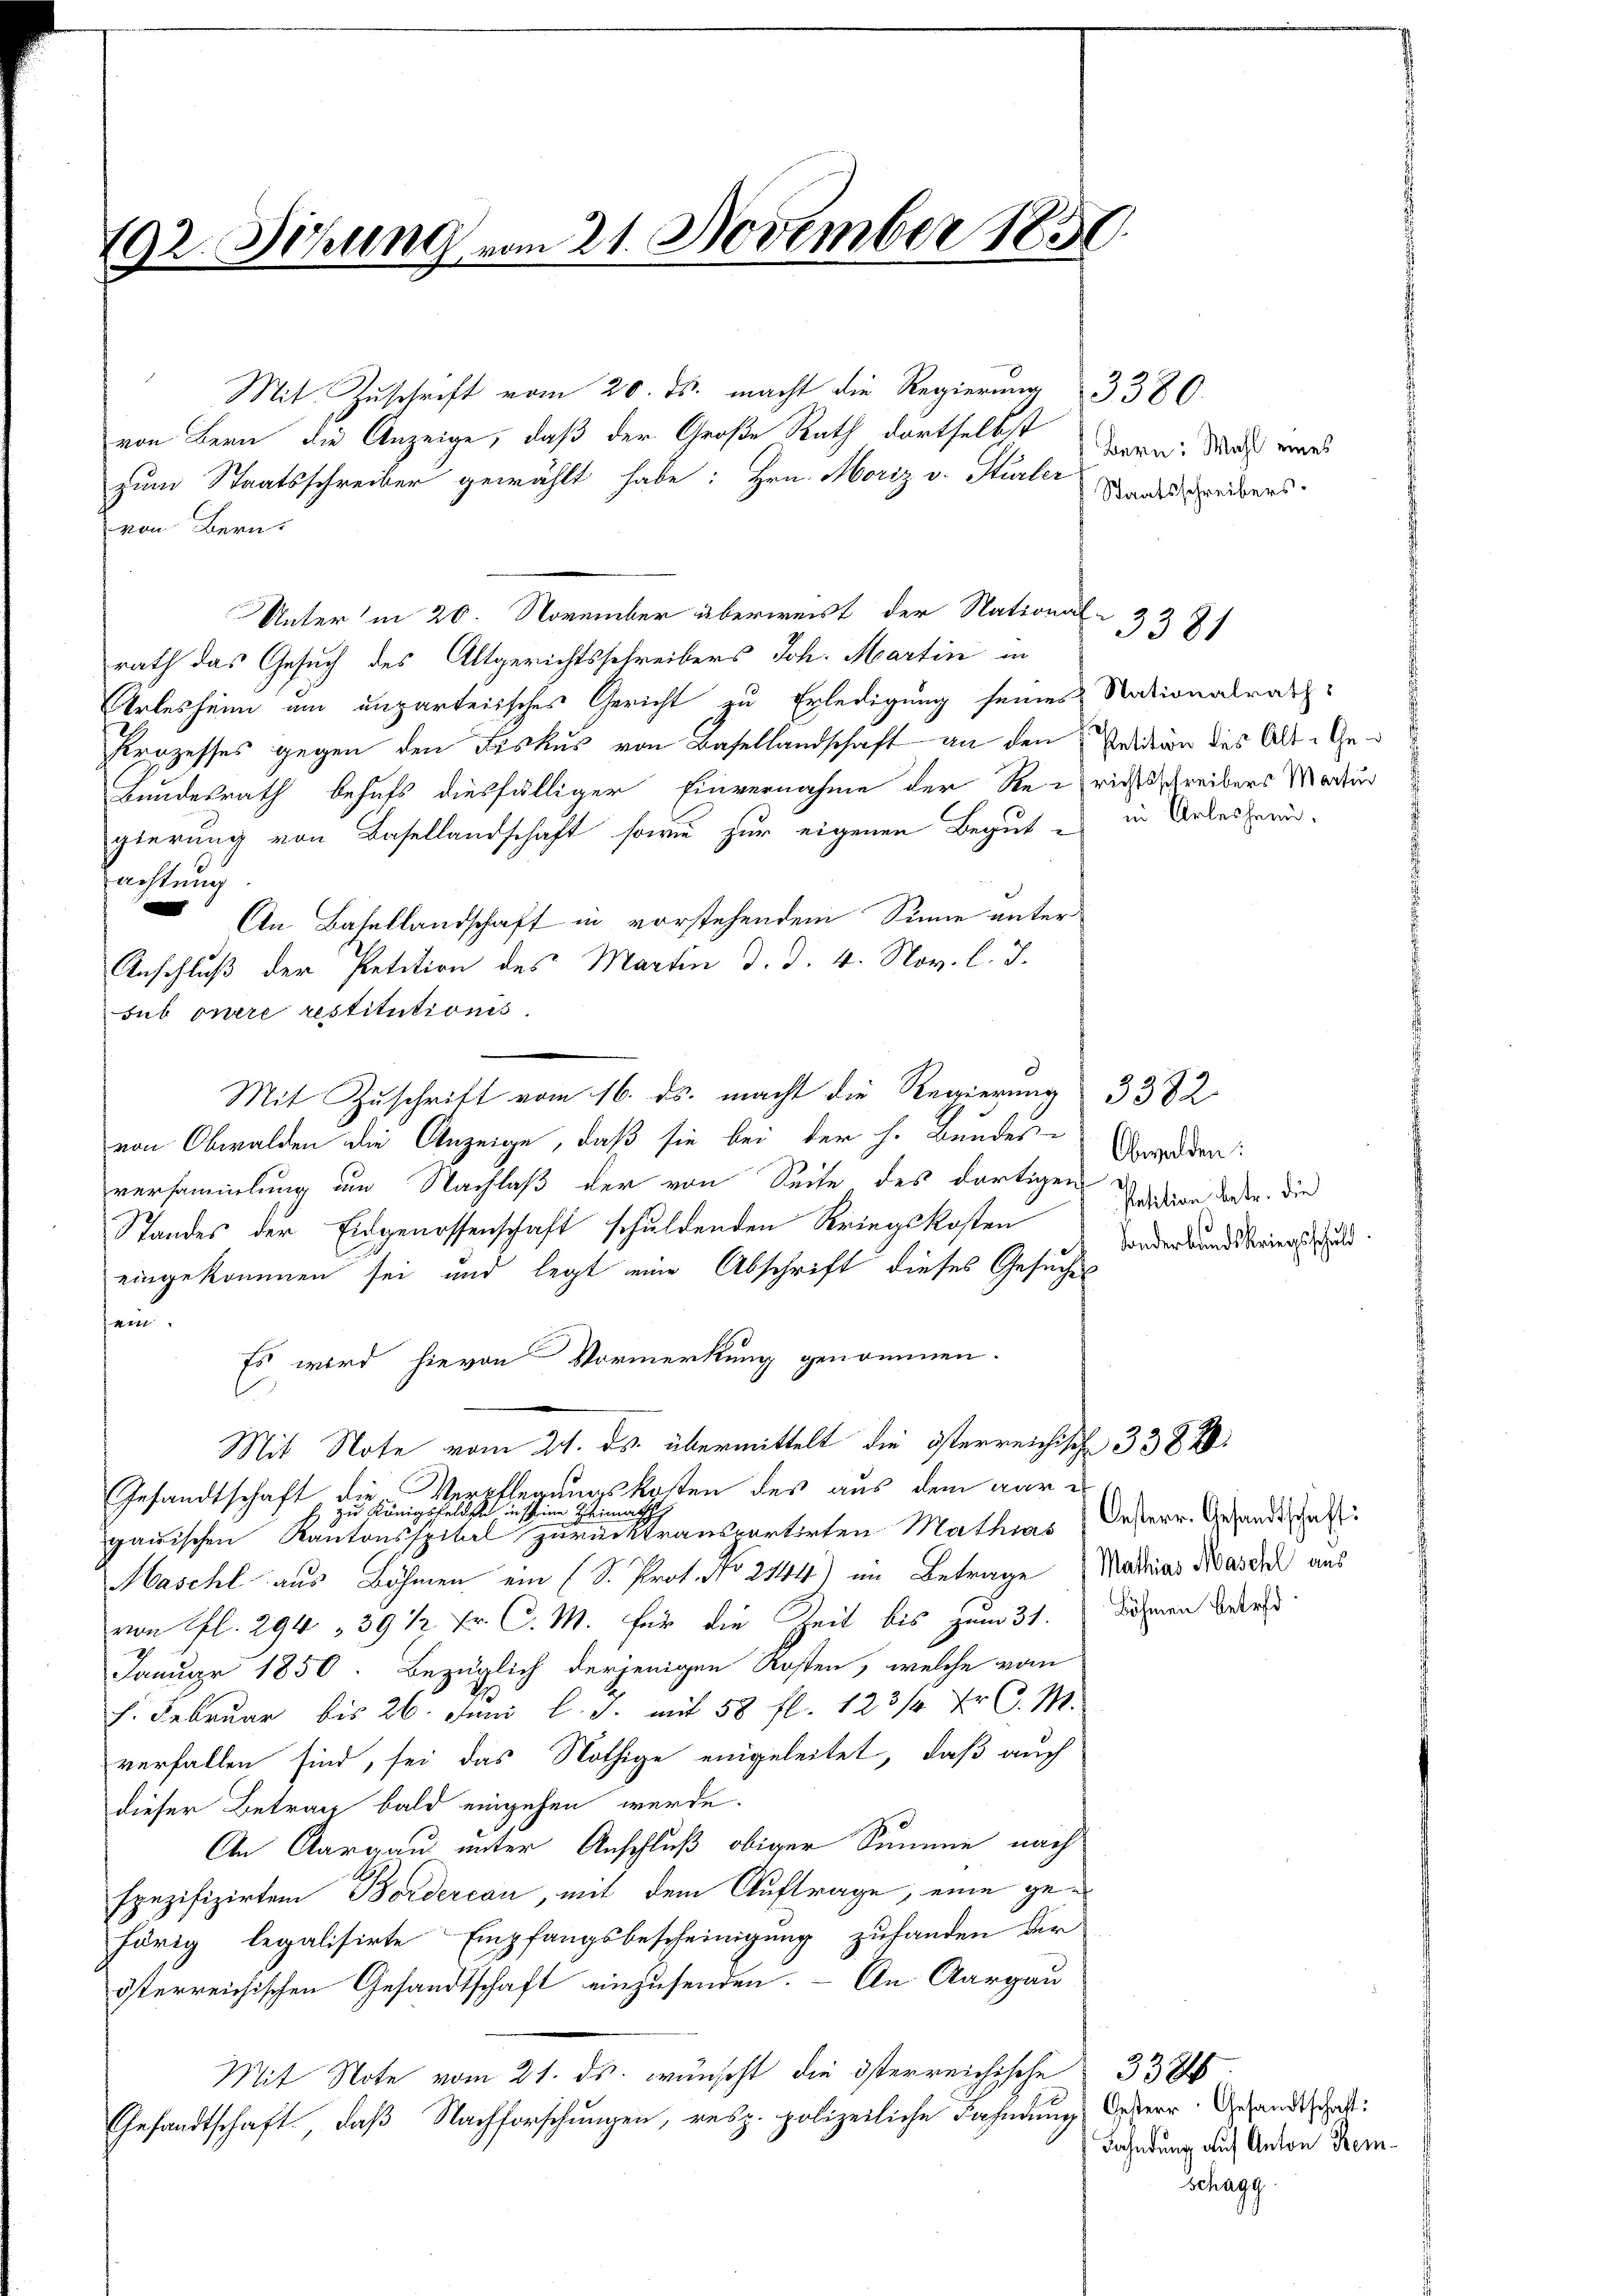
22. Setzung vom 21. November 1850

" Mit Zuschrift vom 20. ds. macht die Regierung 3380.
von Bern die Anzeige, daß der Große Rath dortselbst dann durch ward
zum Staatsschreiber gewählt habe: Hrn. Moriz v. Stürler
von Bern.
Unter in 20. November überweist der National-
rath das Gesuch des Altgerichtsschreibers Joh. Martin in
Urlesheim um unparteiisches Gericht zu Erledigung seines Nationalrats-
Prozesses gegen den Fiskus von Basellandschaft an den Petition des Alt-Ge¬
Bundesrath behufs diesfälliger Einvernahme der Reirichtsschreibers Matur
gierung von Basellandschaft sowie zur eigenen Begut es in Unterpräacht auch
m
An Basellandschaft in vorstehendem Sinne unter
Anschluß der Petition des Martin d. d. 4. Nov. l. J.
sub onere restitutionis.
Mit Zuschrift vom 16. ds. macht die Regierung 3382
von Obwalden die Anzeige, daß sie bei der h. Bundes-Garder
versammlung um Nachlaß der von Seite des dortigen
Standes der Eidgenossenschaft schuldenden Kriegskosten
eingekommen sei und legt eine Abschrift dieses Gesuches
4.11
Es wird hievon Vormerkung genommen.
Mit Note vom 21. ds. übermittelt die österreichisch 338
Gesandtschaft die Verpflegungskosten des aus dem war es
h zu Königsfeldete in scheine Heimath
gauischen Kantonsspital zurücktransportirten Mathias
Maschl aus Böhmen ein (S. Prot. No 2144) im Betrage Mathias Was die aus
von fl. 294, 391 fr C. M. für die Zeit bis zum 31. Sehnen drei
Januar 1850. Bezüglich derjenigen Kosten, welche vom
l. Februar bis 26. Juni l. J. mit 58 fl. 123/4 Xr d. M.
verfallen sind, sei das Nöthige eingeleitet, daß auch
dieser Betrag bald eingehen werde.
An Aargau unter Anschluß obiger Summe nach
spezifizirten Bordereau, mit dem Auftrage, eine gehörig legalisirte Empfangsbescheinigung zufanden der
österreichischen Gesandtschaft einzusenden. – An Aargau
Mit Note vom 21. ds. wünscht die österreichische 332
Gesandtschaft, daß Nachforschungen, resp. polizeiliche Fahndung Oesterr. Gesandtschaft:

0

Staatsschreibers.

3381

Petition betr. die
Sonderbandskriegsschuld

Oesterr. Gesandtschaft:

Fahndung auf Anton Kemschagg